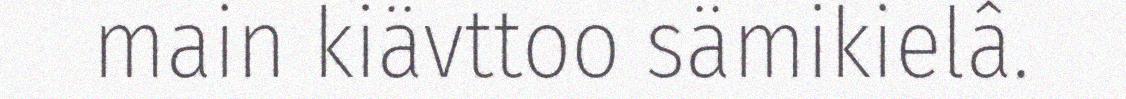
main kiävttoo sämikielâ.